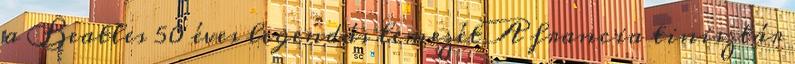
a Beatles 50 éves legendás lemezét A francia tinisztár